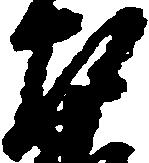
右